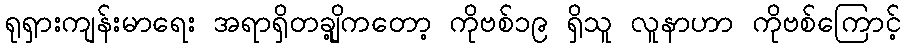
ရုရှားကျန်းမာရေး အရာရှိတချို့ကတော့ ကိုဗစ်၁၉ ရှိသူ လူနာဟာ ကိုဗစ်ကြောင့်